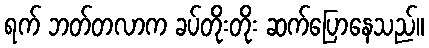
ရက် ဘတ်တလာက ခပ်တိုးတိုး ဆက်ပြောနေသည်။